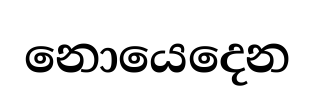
නොයෙදෙන